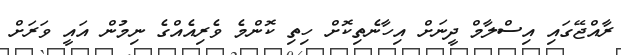
ރާއްޖޭގައި އިސްލާމް ދީނަށް އިހާނެތިކޮށް ހިތި ކޮންމެ ވެރިއެއްގެ ނިމުން އައީ ވަރަށް